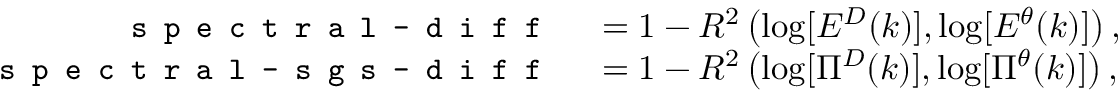
\begin{array} { r l } { \texttt { \small s p e c t r a l - d i f f } } & { { } = 1 - R ^ { 2 } \left( \log [ E ^ { D } ( k ) ] , \log [ E ^ { \theta } ( k ) ] \right) , } \\ { \texttt { \small s p e c t r a l - s g s - d i f f } } & { { } = 1 - R ^ { 2 } \left( \log [ \Pi ^ { D } ( k ) ] , \log [ \Pi ^ { \theta } ( k ) ] \right) , } \end{array}